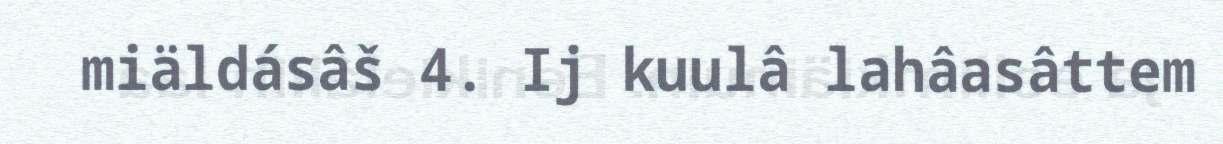
miäldásâš 4. Ij kuulâ lahâasâttem